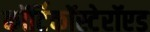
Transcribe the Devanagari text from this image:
कॉर्टिकॉस्टेरॉएड